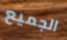
الجميع